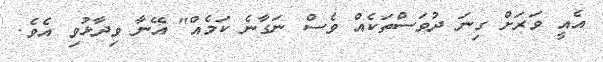
އެއީ ވަރަށް ގިނަ ދުވަސްތަކެއް ވެސް ނަގާނެ ކަމެއް" އޭނާ ވިދާޅުވި އެވެ.